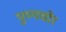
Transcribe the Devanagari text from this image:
पुण्यचोर